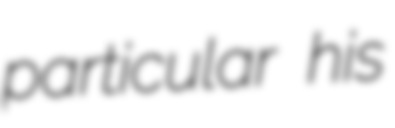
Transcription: particular his